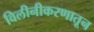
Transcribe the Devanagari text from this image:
विलीनीकरणातून